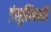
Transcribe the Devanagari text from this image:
इंसुलिनकी